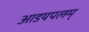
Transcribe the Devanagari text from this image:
आडयपलम्‌